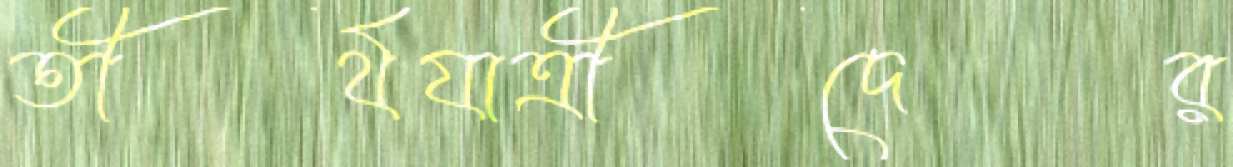
তীর্থযাত্রীদের